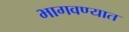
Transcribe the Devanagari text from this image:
भागवण्यात